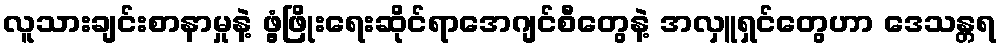
လူသားချင်းစာနာမှုနဲ့ ဖွံ့ဖြိုးရေးဆိုင်ရာအေဂျင်စီတွေနဲ့ အလှူရှင်တွေဟာ ဒေသန္တရ